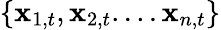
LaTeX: \{ \mathbf{x}_{1,t},\mathbf{x}_{2,t}....\mathbf{x}_{n,t}\}